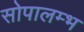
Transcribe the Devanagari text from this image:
सोपालम्भ